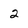
Character: 2